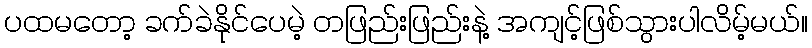
ပထမတော့ ခက်ခဲနိုင်ပေမဲ့ တဖြည်းဖြည်းနဲ့ အကျင့်ဖြစ်သွားပါလိမ့်မယ်။